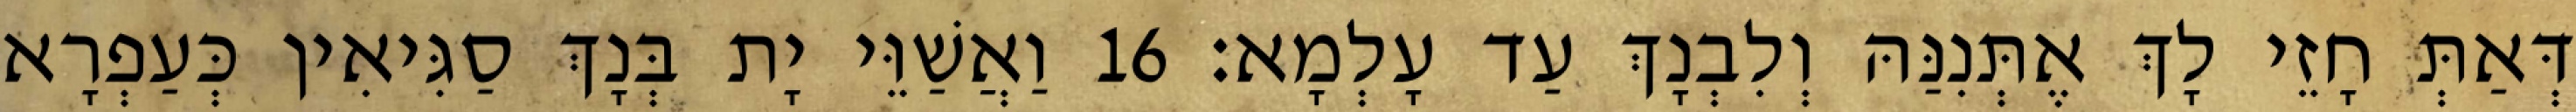
דְּאַתְּ חָזֵי לָךְ אֶתְּנִנַּהּ וְלִבְנָךְ עַד עָלְמָא׃ 16 וַאֲשַׁוֵּי יָת בְּנָךְ סַגִּיאִין כְּעַפְרָא